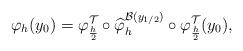
LaTeX: \begin{align*} \varphi_h (y_0) = \varphi_{\frac{h}{2}}^{ \mathcal{T}} \circ\widehat \varphi_h^{\mathcal{B}(y_{1/2})} \circ\varphi_{\frac{h}{2}}^{ \mathcal{T}}(y_0),\end{align*}